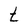
Character: t